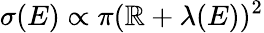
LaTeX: \sigma(E)\propto\pi(\mathbb{R}+\lambda(E))^{2}